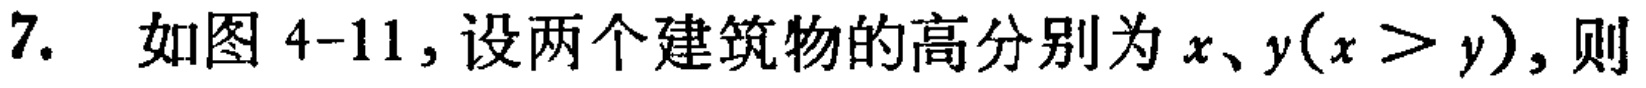
7. 如图 4-11，设两个建筑物的高分别为 \(x、y(x > y)\)，则